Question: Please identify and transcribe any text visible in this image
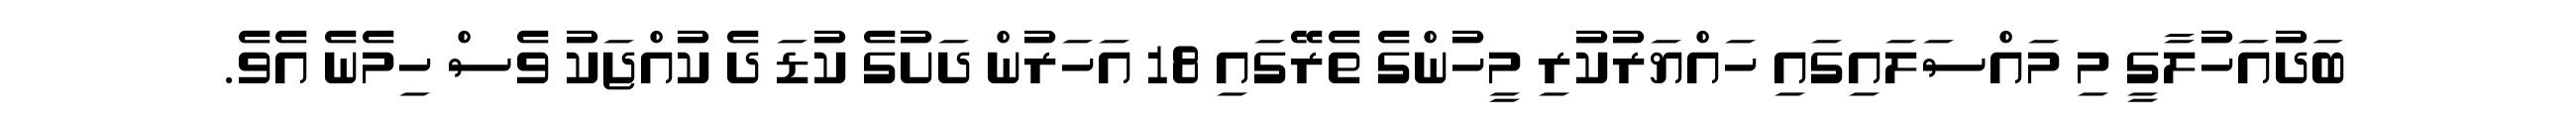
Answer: ބަދުއަހުލާގީ މި މައްސަލައިގައި ހައްޔަރުކުރި މީހުންގެ ތެރޭގައި 18 އަހަރުން ދަށުގެ ކުޑަ ދެ ކުއްޖަކު ވެސް ހިމެނެ އެވެ.